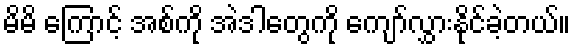
မိမိ ကြောင့် အစ်ကို အဲဒါတွေကို ကျော်လွှားနိုင်ခဲ့တယ်။